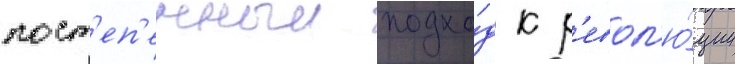
пост'еп'енныи подхо́д к р'евол'ю́ции